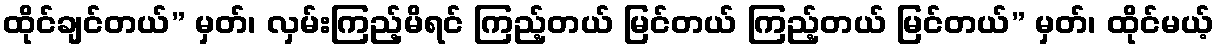
ထိုင်ချင်တယ်” မှတ်၊ လှမ်းကြည့်မိရင် ကြည့်တယ် မြင်တယ် ကြည့်တယ် မြင်တယ်” မှတ်၊ ထိုင်မယ့်